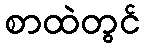
စာထဲတွင်